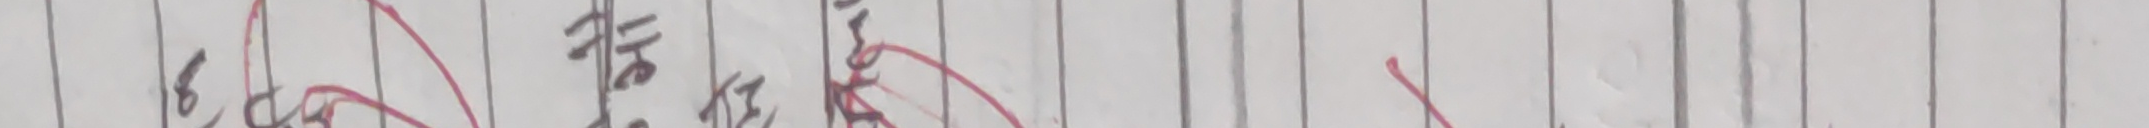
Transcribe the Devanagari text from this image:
६० एक गुरु ति त चाहिँ गर्नुपर्ने सिकायो